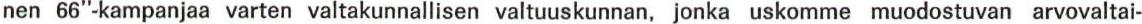
nen 66"-kampanjaa varten valtakunnallisen valtuuskunnan, jonka uskomme muodostuvan arvovaltai-